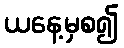
ယနေ့မှစ၍